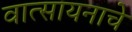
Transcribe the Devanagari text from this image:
वात्सायनाचे